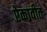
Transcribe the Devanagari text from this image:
ऐकावीत